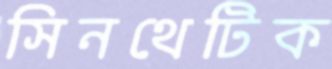
সিনথেটিক